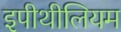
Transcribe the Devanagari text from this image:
इपीथीलियम